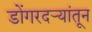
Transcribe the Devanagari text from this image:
डोंगरदर्‍यांतून